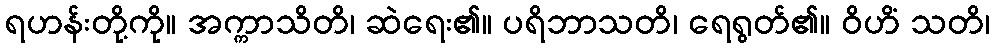
ရဟန်းတို့ကို။ အက္ကာသိတိ၊ ဆဲရေး၏။ ပရိဘာသတိ၊ ရေရွတ်၏။ ဝိဟိံ သတိ၊